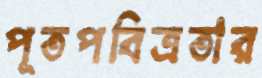
পূতপবিত্রতার